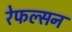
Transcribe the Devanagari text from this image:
रेफल्सन